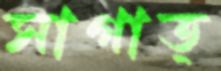
সাগাত্